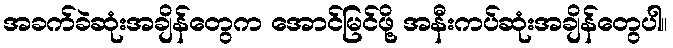
အခက်ခဲဆုံးအချိန်တွေက အောင်မြင်ဖို့ အနီးကပ်ဆုံးအချိန်တွေပါ။